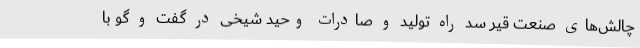
چالش‌های صنعت قیر سد راه تولید و صادرات وحید شیخی در گفت و گو با